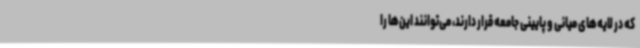
که در لایه‌های میانی و پایینی جامعه قرار دارند، می‌توانند این‌ها را